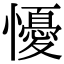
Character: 懮